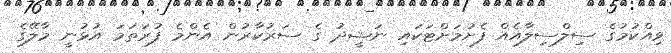
ވިއްކުމުގެ ސިލްސިލާއެއް ފެށުމަށްޓަކައި ނަޝީދު ގެ ސަރުކާރުން އެންމެ ފުރަތަމަ އުޅުނީ މާލޭގެ